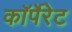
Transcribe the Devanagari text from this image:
काॅर्पेरेट